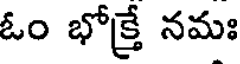
ఓం భోక్రే నమః